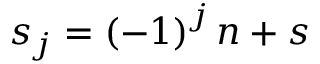
\boldsymbol { s } _ { j } = \left( - 1 \right) ^ { j } \boldsymbol { n } + \boldsymbol { s }